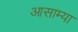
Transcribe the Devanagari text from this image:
आसाम्या